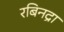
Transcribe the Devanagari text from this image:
रबिनद्रा